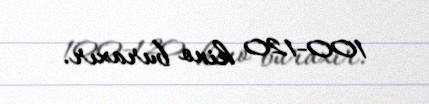
100-120 kino buraxır.